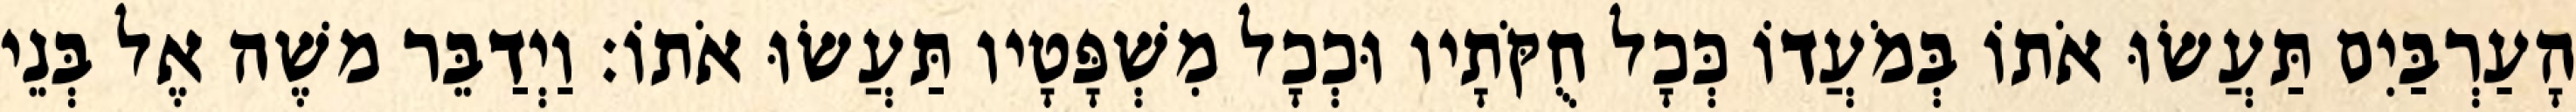
הָעַרְבַּיִם תַּעֲשׂוּ אֹתוֹ בְּמֹעֲדוֹ כְּכָל חֻקֹּתָיו וּכְכָל מִשְׁפָּטָיו תַּעֲשׂוּ אֹתוֹ׃ וַיְדַבֵּר משֶׁה אֶל בְּנֵי